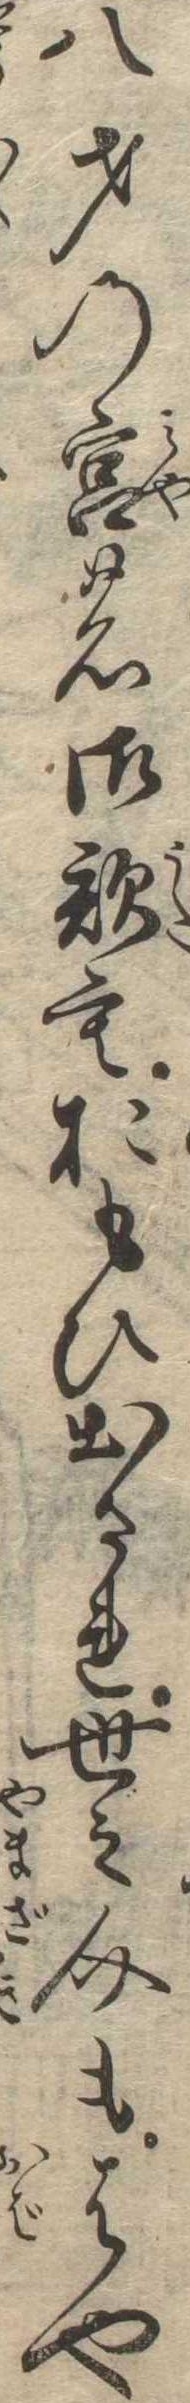
八才の宮の御歌もおもひ出され世之介もはや